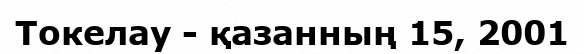
Токелау - қазанның 15, 2001